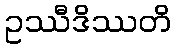
ဥဿီဒိဿတိ